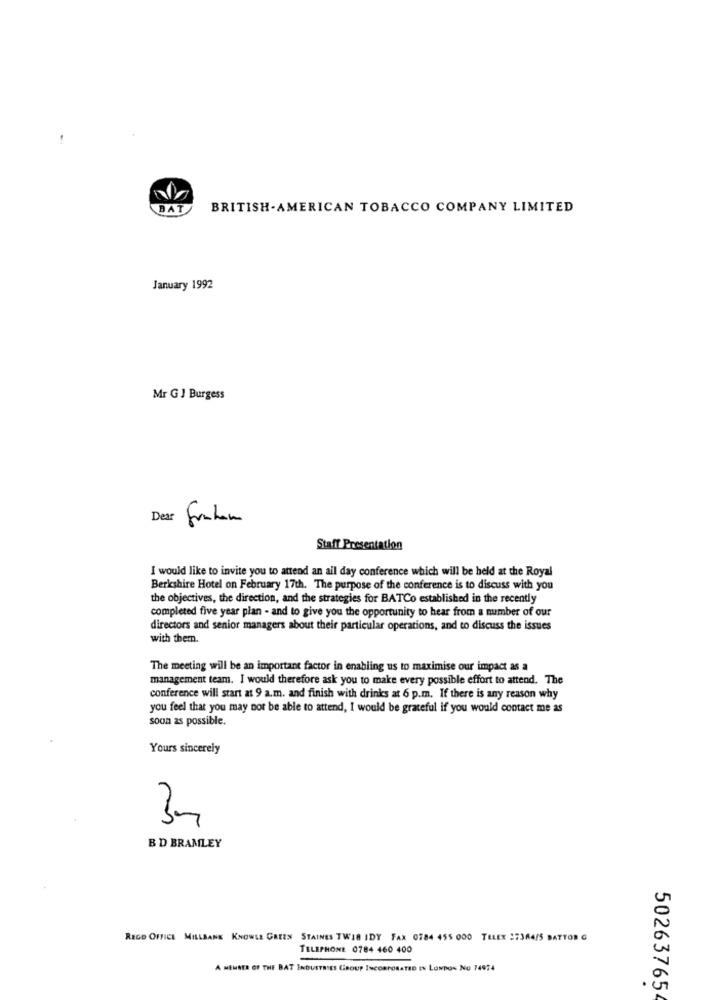
BAT
BRITISH-AMERICAN TOBACCO COMPANY LIMITED
January 1992
Mr G J Burgess
Dear
Staff Presentation
I would like to invite you to attend an all day conference which will be held at the Royal
Berkshire Hotel on February 17th. The purpose of the conference is to discuss with you
the objectives, the direction, and the strategies for BATCo established in the recently
completed five year plan - and to give you the opportunity to hear from a number of our
directors and senior managers about their particular operations, and to discuss the issues
with themn.
The meeting will be an important factor in enabling us to maximise our impact as a
management team. I would therefore ask you to make every possible effort to attend. The
conference will start at 9 a.m. and finish with drinks at 6 p.m. If there is any reason why
you feel that you may not be able to attend, I would be grateful if you would contact me as
soon as possible.
Yours sincerely
BD BRAMLEY
REGO OFFICE MILLBANK KNOWLE GREES STAINES TWIS IDY FAX 0784 455 000 TELEX 27344/5 BATTOR G
TELEPHONE 0784 460 400
A MEMBER OF THE BAT INDUSTRIES GROUP INCORPORATED IN LONDON NO 74974
50263765